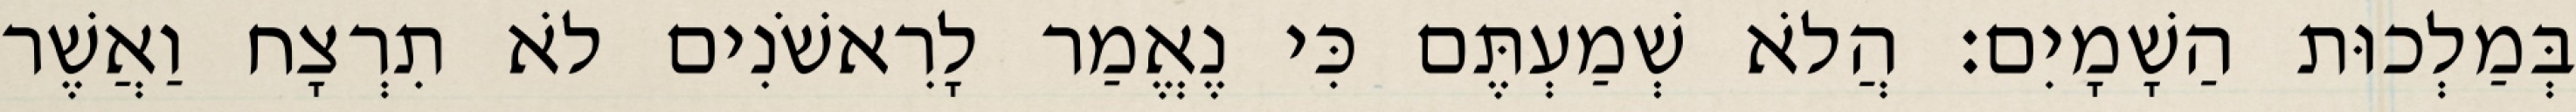
בְּמַלְכוּת הַשָׁמָיִם׃ הֲלֹא שְׁמַעְתֶּם כִּי נֶאֱמַר לָרִאשֹׁנִים לֹא תִרְצָח וַאֲשֶׁר